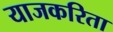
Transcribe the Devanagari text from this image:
याजकरिता